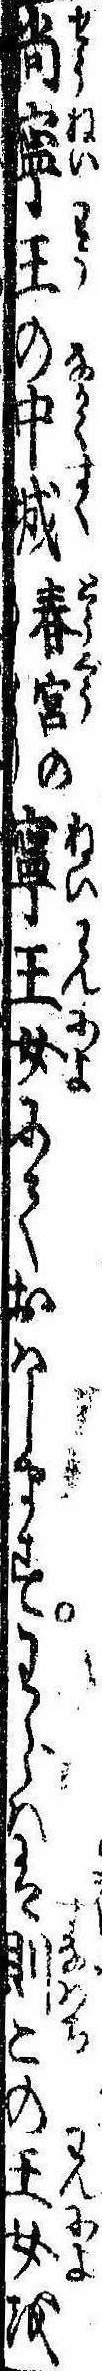
尚寧王の中城春宮の寧王女にておはしますわらはは則この王女を